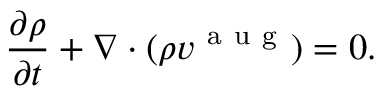
\frac { \partial \rho } { \partial t } + \nabla \cdot ( \rho v ^ { \mathrm { ~ a ~ u ~ g ~ } } ) = 0 .